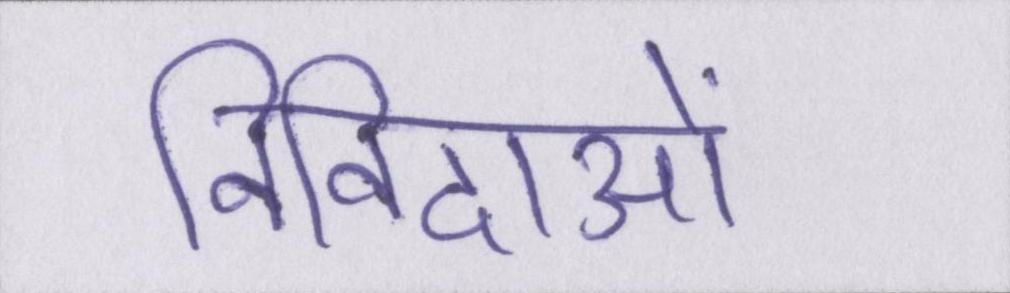
निविदाओं